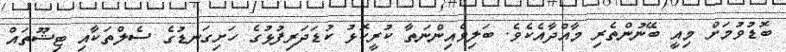
ބޮޑުވުމަށް މިއީ ބޭނުންތެރި މާއްދާއެކެވެ. ބަލިވެއިންނަތާ ކުރީކޮޅު ކުޑަދަރިފުޅުގެ ހަށިގަނޑުގެ ސެލްތަކާއި ޓިޝޫތައް